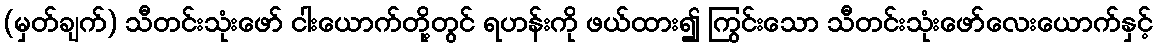
(မှတ်ချက်) သီတင်းသုံးဖော် ငါးယောက်တို့တွင် ရဟန်းကို ဖယ်ထား၍ ကြွင်းသော သီတင်းသုံးဖော်လေးယောက်နှင့်